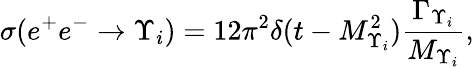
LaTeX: \sigma(e^{+}e^{-}\rightarrow\Upsilon_{i})=12\pi^{2}\delta(t-M_{\Upsilon_{i}}^{2}){\frac{\Gamma_{\Upsilon_{i}}}{M_{\Upsilon_{i}}}},